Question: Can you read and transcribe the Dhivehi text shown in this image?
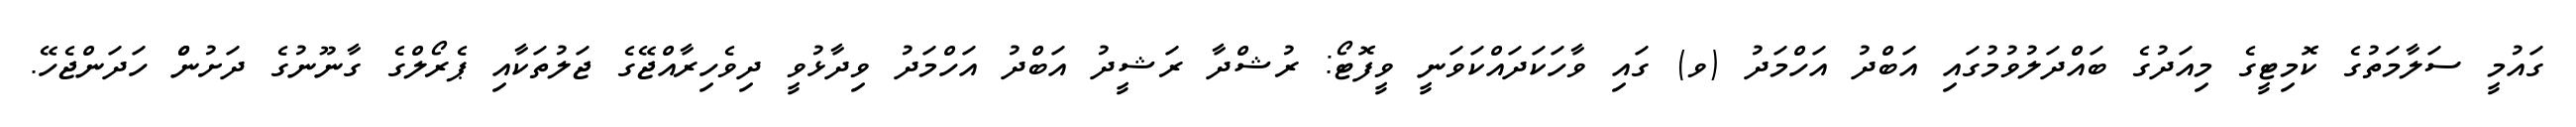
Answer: ގައުމީ ސަލާމަތުގެ ކޮމިޓީގެ މިއަދުގެ ބައްދަލުވުމުގައި އަބްދު އަހްމަދު (ވ) ގައި ވާހަކަދައްކަވަނީ ވީފޮޓޯ: ރުޝްދާ ރަޝީދު އަބްދު އަހްމަދު ވިދާޅުވީ ދިވެހިރާއްޖޭގެ ޖަލުތަކާއި ޕެރޯލްގެ ގާނޫނުގެ ދަށުންް ހަދަންޖެހޭ.